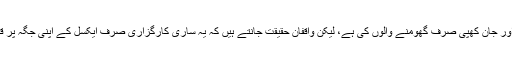
دیکھنے میں ساری محنت اور جان کھپی صرف گھومنے والوں کی ہے، لیکن واقفانِ حقیقت جانتے ہیں کہ یہ ساری کارگزاری صرف ایکسل کے اپنی جگہ پر قائم ہونے کی وجہ سے ہے۔